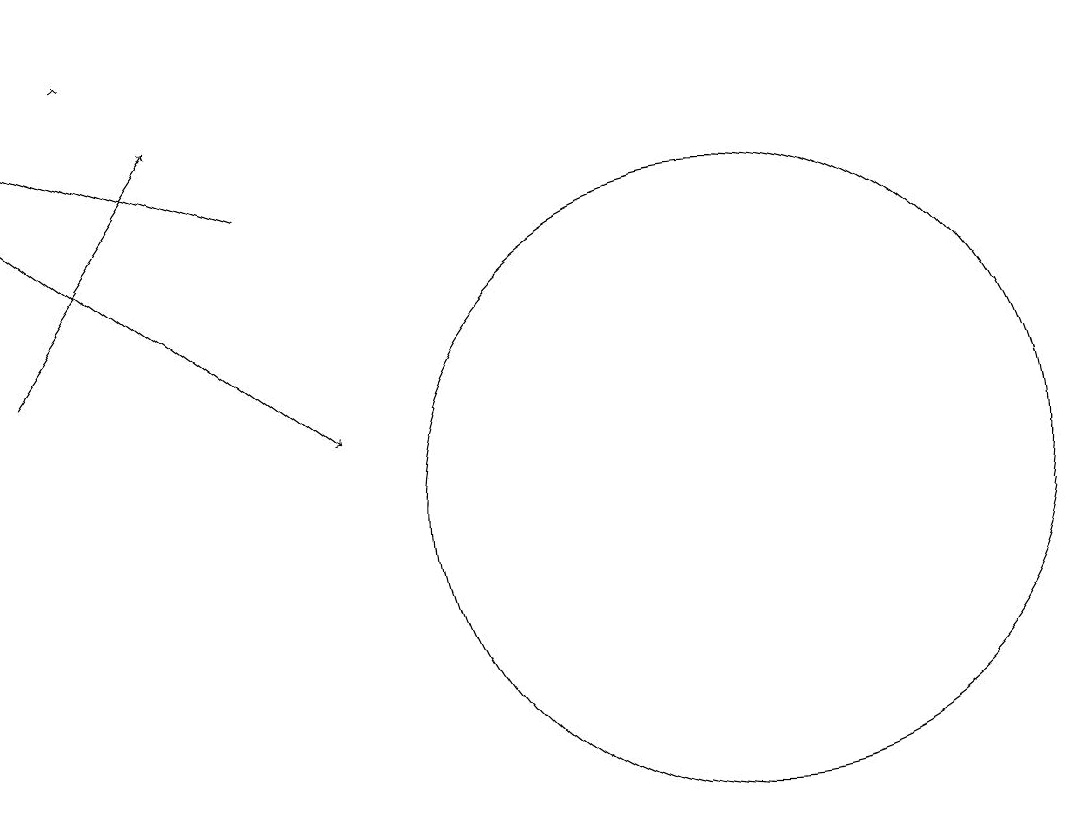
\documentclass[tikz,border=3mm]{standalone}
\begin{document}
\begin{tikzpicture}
\draw[->] (3,12) -- (5,15);
\draw[->] (6,14) -- (3,15);
\draw (12,10) circle (4);
\draw[->] (3,14) -- (7,11);
\draw[->] (4,16) -- (4,16);
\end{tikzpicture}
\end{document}